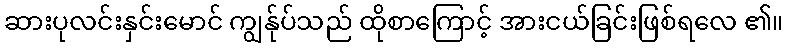
ဆားပုလင်းနှင်းမောင် ကျွန်ုပ်သည် ထိုစာကြောင့် အားငယ်ခြင်းဖြစ်ရလေ ၏။